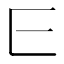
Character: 𬼖